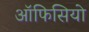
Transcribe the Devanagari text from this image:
ऑफिसियो